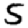
Digit: 5